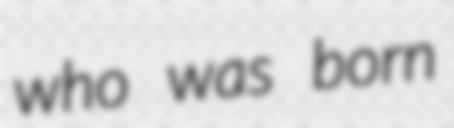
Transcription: who was born